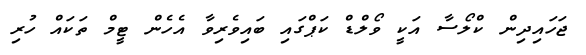
ޖަހައިދިން ކްލޯސާ އަކީ ވޯލްޑް ކަޕްގައި ބައިވެރިވާ އެހެން ޓީމް ތަކައް ހުރި